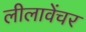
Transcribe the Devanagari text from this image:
लीलावेंचर